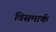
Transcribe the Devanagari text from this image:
विसमार्क